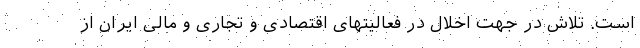
است. تلاش در جهت اخلال در فعالیتهای اقتصادی و تجاری و مالی ایران از